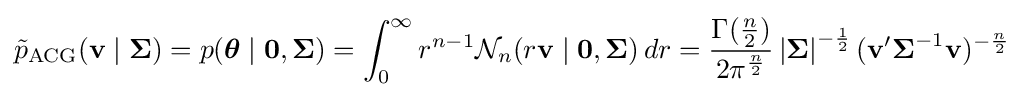
{\tilde {p}}_{\text{ACG}}(\mathbf {v} \mid {\boldsymbol {\Sigma }})=p({\boldsymbol {\theta }}\mid {\boldsymbol {0}},{\boldsymbol {\Sigma }})=\int _{0}^{\infty }r^{n-1}{\mathcal {N}}_{n}(r\mathbf {v} \mid \mathbf {0} ,{\boldsymbol {\Sigma }})\,dr={\frac {\Gamma ({\frac {n}{2}})}{2\pi ^{\frac {n}{2}}}}\left|{\boldsymbol {\Sigma }}\right|^{-{\frac {1}{2}}}(\mathbf {v} '{\boldsymbol {\Sigma }}^{-1}\mathbf {v} )^{-{\frac {n}{2}}}